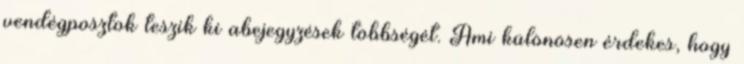
vendégposztok teszik ki abejegyzések többségét. Ami különösen érdekes, hogy